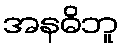
အနဓိဘူ